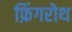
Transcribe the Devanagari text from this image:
फ़िंगरोथ